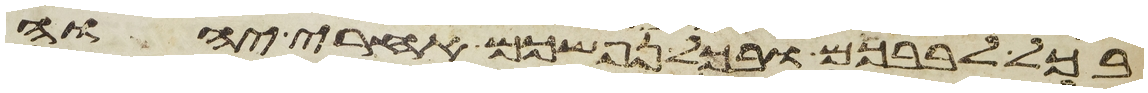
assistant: בכל לבבכם ובכל נפשכם אחרי יהוה